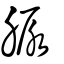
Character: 脲